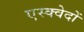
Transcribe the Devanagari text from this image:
एस्क्वेदों